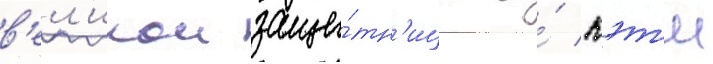
в'ел'икои защи́тн'ицы и́ кэт'и